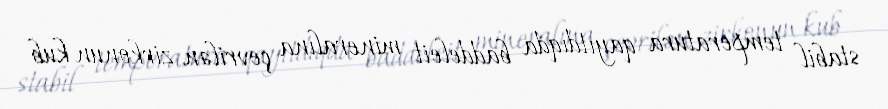
stabil temperatura qayıtdıqda baddeleit mineralına çevrilən zirkonun kub